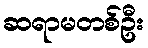
ဆရာမတစ်ဦး